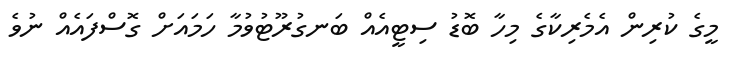
މީގެ ކުރިން އެމެރިކާގެ މިހާ ބޮޑު ސިޓީއެއް ބަނގުރޫޓުވުމާ ހަމައަށް ގޮސްފައެއް ނުވެ